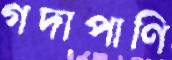
গদাপাণি